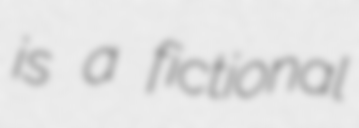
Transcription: is a fictional